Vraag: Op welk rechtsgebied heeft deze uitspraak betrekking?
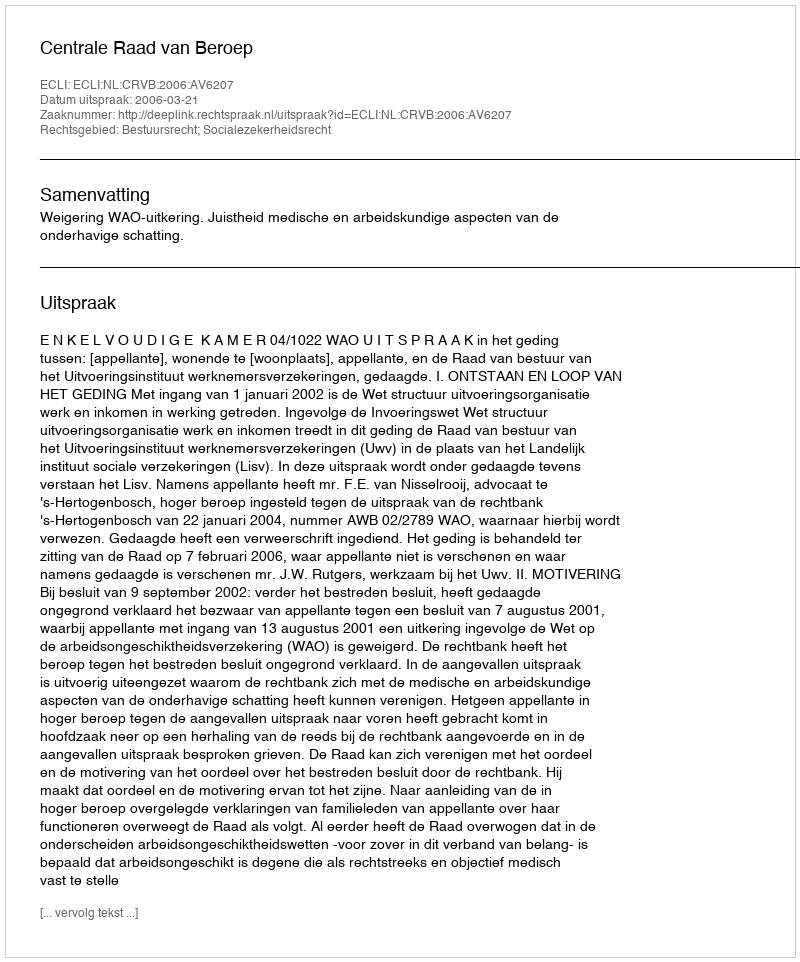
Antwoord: Bestuursrecht; Socialezekerheidsrecht